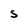
Character: S